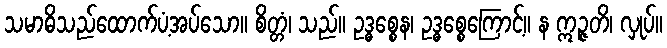
သမာဓိသည်ထောက်ပံ့အပ်သော။ စိတ္တံ၊ သည်။ ဥဒ္ဓစ္စေန၊ ဥဒ္ဓစ္စေကြောင့်။ န ဣဉ္ဇတိ၊ လှုပ်။